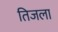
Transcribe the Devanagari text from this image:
तिजला